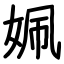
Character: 姵